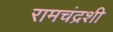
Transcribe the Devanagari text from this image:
रामचंद्रशी